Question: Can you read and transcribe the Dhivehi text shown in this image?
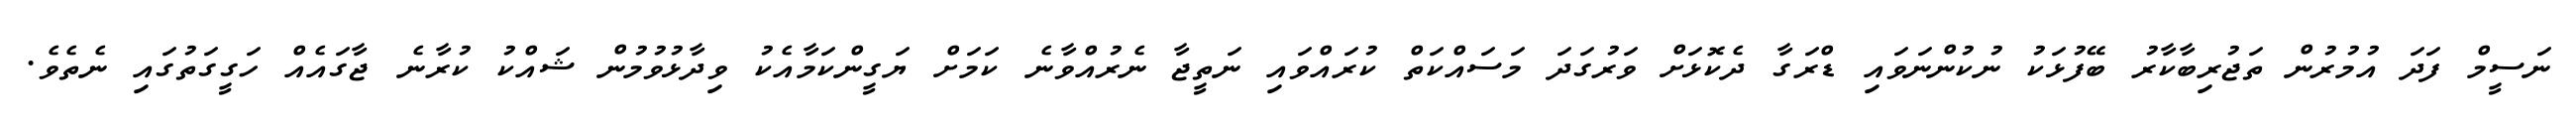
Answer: ނަސީމް ފަދަ އުމުރުން ތަޖުރިބާކާރު ބޭފުޅަކު ނުކުންނަވައި ޑްރަގާ ދެކޮޅަށް ވަރުގަދަ މަސައްކަތް ކުރައްވައި ނަތީޖާ ނެރުއްވާނެ ކަމަށް ޔަގީންކަމާއެކު ވިދާޅުވުމުން ޝައްކު ކުރާނެ ޖާގައެއް ހަގީގަތުގައި ނެތެވެ.